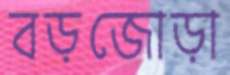
বড়জোড়া